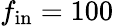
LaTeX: f_{\mathrm{in}}=100